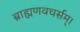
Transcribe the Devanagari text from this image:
ब्राह्मणवचर्सम्।